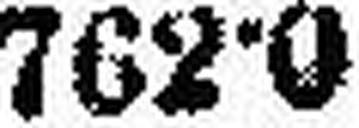
762•0